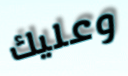
وعليك